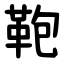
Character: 鞄